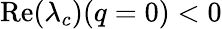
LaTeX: \mathrm{Re}(\lambda_{c})(q=0)<0